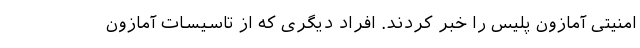
امنیتی آمازون پلیس را خبر کردند. افراد دیگری که از تاسیسات آمازون